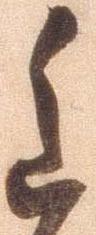
重